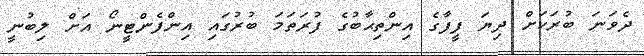
ދެވަނަ ބުރަކަށް ދިޔަ ފީފާގެ އިންތިޙާބުގެ ފުރަތަމަ ބުރުގައި އިންފެންޓީނޯ އަށް ލިބުނީ